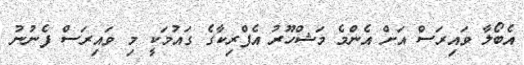
އެބޯލާ ވައިރަސް އަށް އެންމެ މަޝްހޫރު އެފްރިކާގެ ގައުމަކީ މި ވައިރަސް ފެނުނު